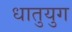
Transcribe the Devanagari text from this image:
धातुयुग